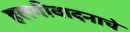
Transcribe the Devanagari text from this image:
हलगीवादनाचे